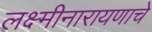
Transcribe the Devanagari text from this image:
लक्ष्मीनारायणाचे